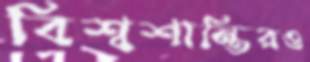
বিশ্বশান্তিরও